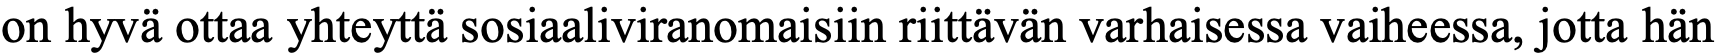
on hyvä ottaa yhteyttä sosiaaliviranomaisiin riittävän varhaisessa vaiheessa, jotta hän